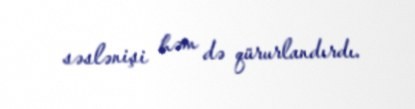
səslənişi həm də qürurlandırdı.